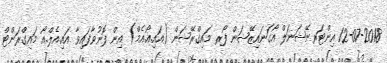
12-07-2018 އިންޓަރނޭޝަނަލް އޯގަނައިޒޭޝަން ފޯރ މައިގްރޭޝަން (އައި.އޯ.އެމް) އިން ފޮނުވާފައިވާ އައި.އެލް.އޯ މައިގްރަންޓް